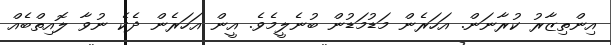
އިންތިޒާރު ކުރާނަން. އަހަރެން މަޑުމަޑުން ބުނެލީމެވެ. އީން އަހަރެން ދެކެ ނުވާ ލޮއިތްބެއް